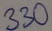
Text: 330